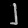
Digit: ၂